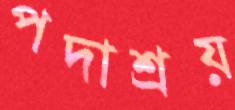
পদাশ্রয়